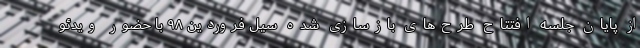
از پایان جلسه افتتاح طرح‌های بازسازی شده سیل فروردین ۹۸ با حضور ویدئو